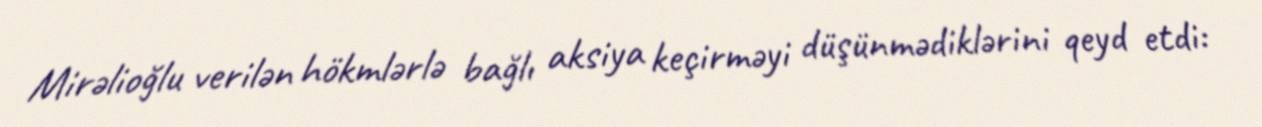
Mirəlioğlu verilən hökmlərlə bağlı aksiya keçirməyi düşünmədiklərini qeyd etdi: